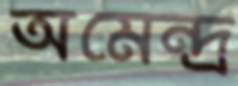
অমেন্দ্র